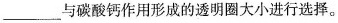
___与碳酸钙作用形成的透明圈大小进行选择。